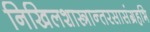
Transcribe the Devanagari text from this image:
निखिलशास्त्रान्तरसासंग्रहभि